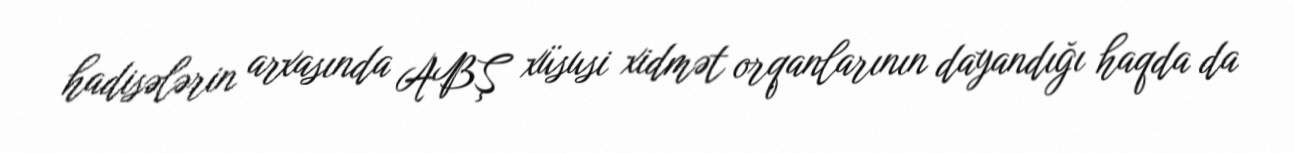
hadisələrin arxasında ABŞ xüsusi xidmət orqanlarının dayandığı haqda da